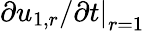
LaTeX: \left.\partial u_{1,r}/\partial t\right|_{r=1}